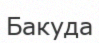
Бакуда